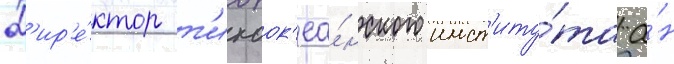
Д'ир'е́ктор т'ихоок'еа́нского инст'иту́та а́н